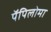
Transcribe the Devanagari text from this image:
पॅपिलोमा